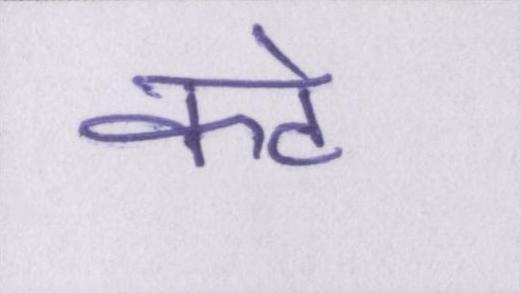
कटे